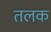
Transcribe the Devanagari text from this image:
तलक